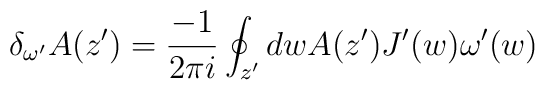
\delta_{\omega^{\prime}}A(z')=\frac{-1}{2\pi i}\oint_{z^{\prime}} dwA(z')J^{\prime}(w)\omega^{\prime}(w)